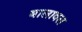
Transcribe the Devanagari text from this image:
बालावल